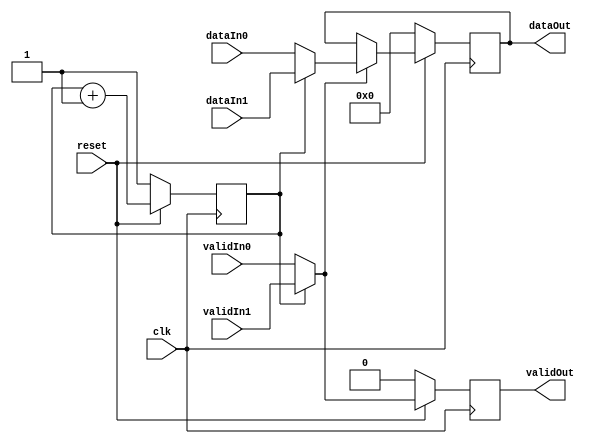
module Mux2x1(
    output reg [7:0]dataOut,
    output reg validOut,
    input [7:0]dataIn0,
    input [7:0]dataIn1,
    input validIn0,
    input validIn1,
    input clk,
    input reset);

    reg [7:0]out;
    reg validMux;
    reg selector;

    always @(posedge clk)begin
        if (reset == 0)begin
            selector <= 1;
        end
        else begin
            selector <= selector + 1;
        end
    end

    //Mux de entrada el que escoge entre dataIn1 y dataIn0 a partir del selector
    always @(*)
        begin
            out = dataOut;
            validMux = validOut;
            if(selector==0) begin
                out = dataIn0;
                validMux = validIn0;
            end
            else if (selector==1)begin
                out = dataIn1;
                validMux = validIn1;
            end
        end
    // Flop que guarda lo que sea que este ee el cable out que conecta el mux con el flop
    always @(posedge clk)
        begin
            if (reset == 0)begin
                dataOut <= 8'b00000000;
                validOut <= 0;
            end
            else begin
                if (validMux == 1)begin
                    dataOut <= out;
                    validOut <= validMux;
                    end
                else begin
                    dataOut <= dataOut; 
                    validOut <= validMux;   
                end
            end
        end
endmodule